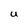
Character: U